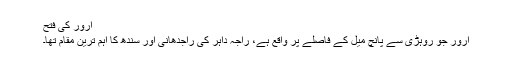
ارور کی فتح
ارور جو روہڑی سے پانچ میل کے فاصلے پر واقع ہے، راجہ داہر کی راجدھانی اور سندھ کا اہم ترین مقام تھا۔